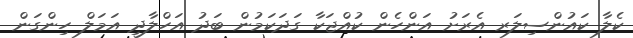
ކެލާ ކައުންސިލަރ އެރަށު އަންހެން ކުއްޖަކާ ގަދަކަމުން ބަދު އަހްލާދީ އަމަލް ހިންގަން